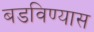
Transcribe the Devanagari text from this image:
बडविण्यास